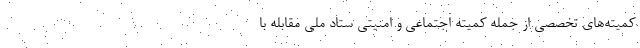
کمیته‌های تخصصی از جمله کمیته اجتماعی و امنیتی ستاد ملی مقابله با